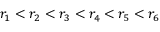
r _ { 1 } < r _ { 2 } < r _ { 3 } < r _ { 4 } < r _ { 5 } < r _ { 6 }